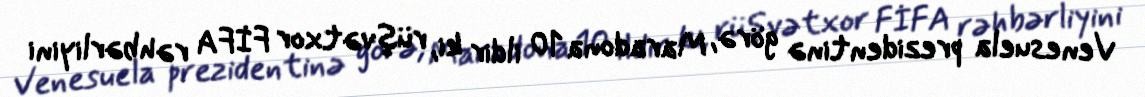
Venesuela prezidentinə görə, Maradona 10 ildir ki, rüşvətxor FİFA rəhbərliyini